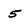
Character: 5